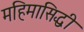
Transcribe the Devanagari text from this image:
महिमासिद्धी